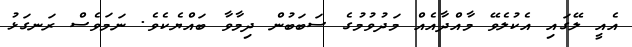
އެއީ ލޭގައި އެކުލެވޭ މާއްދާއެއް މަދުވުމުގެ ސަބަބުން ދިމާވާ ބައްޔެކެވެ. ނަމަވެސް ރަނގަޅު